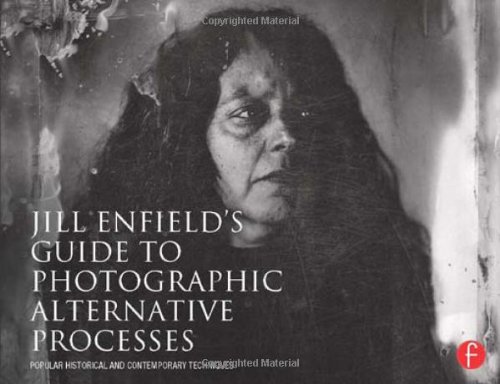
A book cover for Jill Enfield's Guide to Photographic Alternative Processes: Popular Historical and Contemporary Techniques (Alternative Process Photography); Jill Enfield; Arts & Photography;